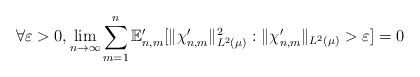
\begin{align*} \forall \varepsilon > 0, \lim_{n \to \infty} \sum_{m=1}^n \mathbb{E}_{n,m}' [ \|\chi_{n,m}' \|_{L^2(\mu)}^2 : \|\chi_{n,m}' \|_{L^2( \mu)} > \varepsilon ] = 0 \end{align*}